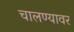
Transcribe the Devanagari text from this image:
चालण्यावर